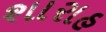
શારાહ